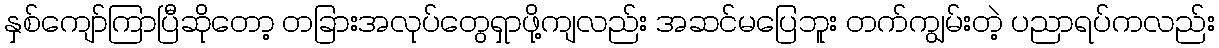
နှစ်ကျော်ကြာပြီဆိုတော့ တခြားအလုပ်တွေရှာဖို့ကျလည်း အဆင်မပြေဘူး တက်ကျွမ်းတဲ့ ပညာရပ်ကလည်း